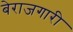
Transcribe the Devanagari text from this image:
बेराजगारी